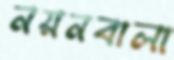
নয়নবালা